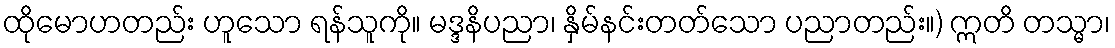
ထိုမောဟတည်း ဟူသော ရန်သူကို။ မဒ္ဒနိပညာ၊ နှိမ်နင်းတတ်သော ပညာတည်း။) ဣတိ တသ္မာ၊